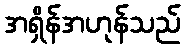
အရှိန်အဟုန်သည်